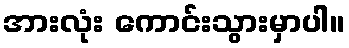
အားလုံး ကောင်းသွားမှာပါ။